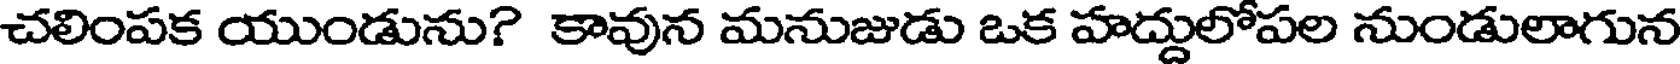
చలింపక యుండును? కావున మనుజుడు ఒక హద్దులోపల నుండులాగున